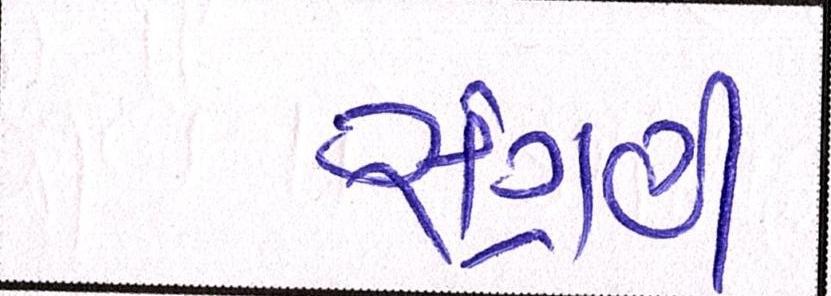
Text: સંગ્રહી